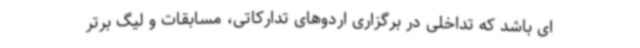
ای باشد که تداخلی در برگزاری اردوهای تدارکاتی، مسابقات و لیگ برتر